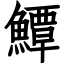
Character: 鱏